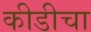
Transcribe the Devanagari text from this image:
कीडीचा